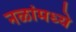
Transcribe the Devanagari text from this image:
नळांमध्ये